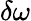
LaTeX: \delta\omega